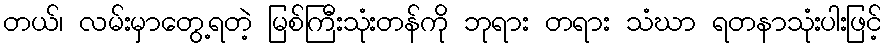
တယ်၊ လမ်းမှာတွေ့ရတဲ့ မြစ်ကြီးသုံးတန်ကို ဘုရား တရား သံဃာ ရတနာသုံးပါးဖြင့်